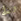
لذا